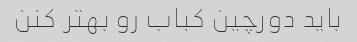
باید دورچین کباب رو بهتر کنن